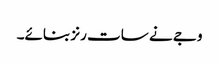
وجے نے سات رنز بنائے۔